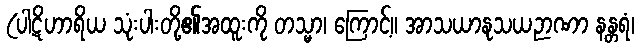
(ပါဋိဟာရိယ သုံးပါးတို့၏အထူးကို တသ္မာ၊ ကြောင့်။ အာသယာနုသယဉာဏာ နန္တရံ၊